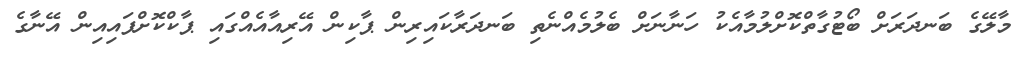
މާލޭގެ ބަނދަރަށް ބޯޓުގާތްކޮށްލުމާއެކު ހަނާނަށް ބެލުމެއްނެތި ބަނދަރާކައިރިން ޕާކިން އޭރިއާއެއްގައި ޕާކްކޮށްފައިއިން އޭނާގެ